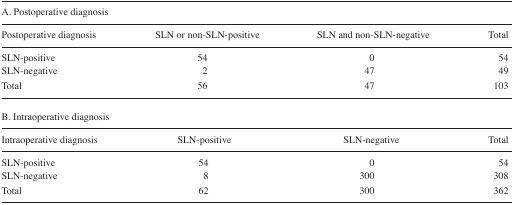
| <COLSPAN=4> A. Postoperative diagnosis |
 | Postoperative diagnosis | SLN or non-SLN-positive | SLN and non-SLN-negative | Total |
 | --- | --- | --- | --- |
 | SLN-positive | 54 | 0 | 54 |
 | SLN-negative | 2 | 47 | 49 |
 | Total | 56 | 47 | 103 |
 | <COLSPAN=4> B. Intraoperative diagnosis |
 | Intraoperative diagnosis | SLN-positive | SLN-negative | Total |
 | SLN-positive | 54 | 0 | 54 |
 | SLN-negative | 8 | 300 | 308 |
 | Total | 62 | 300 | 362 |